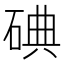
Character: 碘